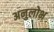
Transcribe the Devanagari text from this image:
अनुलोभ